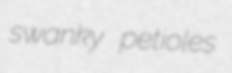
swanky petioles